Annual report on the mental hospital in the Central Provinces and Berar (Nagpur) - 1927-1951
Year: 1927
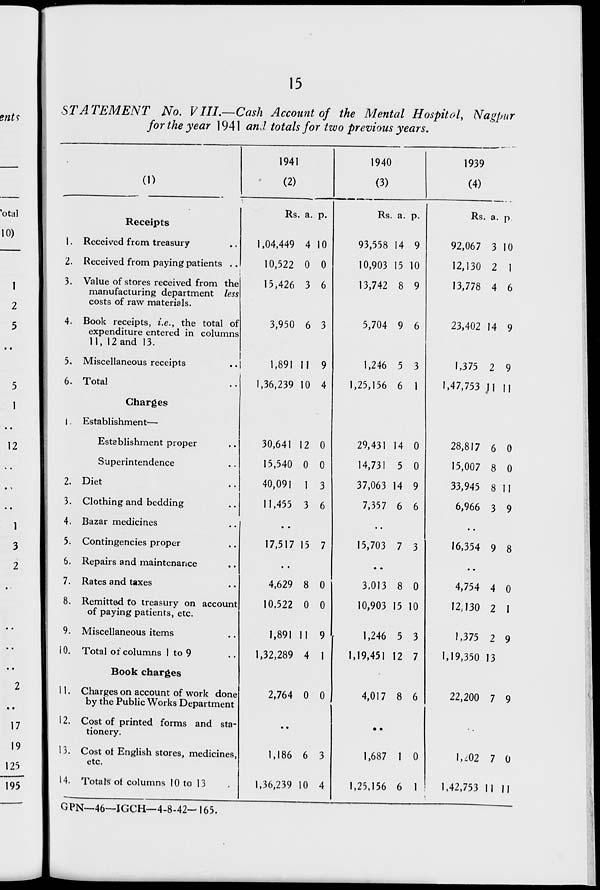
15
STATEMENT No. VHI.—Cash Account of the Mental Hospital Nagpur
for the year 1941 an J totals for two previous years.
1
2
5
1
12
Receipts
1. Received from treasury
2. Received from paying patients ..
3. Value of stores received from the
manufacturing department less
costs of raw materials.
4. Book receipts, i.e., the total of
expenditure entered in columns
11, 12 and 13.
5. Miscellaneous receipts
6. Total
Charges
1. Establishment—
Establishment proper
Superintendence
2. Diet
3. Clothing and bedding
4. Bazar medicines
5. Contingencies proper
6. Repairs and maintenance
7. Rates and taxes
8. Remitted to treasury on account
of paying patients, etc.
9. Miscellaneous items
10. Total of columns 1 to 9
Book charges
11. Charges on account of work done
by the Public Works Department
12. Cost of printed forms and sta-
tionery.
13. Cost ot English stores, medicines,
etc.
14. Totals ot columns 10 to 13
Rs. a. p.
1,04,449 4 10
10,522 0 0
15,426 3 6
3,950 6 3
1,891 11 9
1,36,239 10 4
30,641 12 0
15,540 0 0
40,091 1 3
11,455 3 6
17,517 15 7
4,629 8 0
10.522 0 0
1,891 11 9
1,32,289 4 1
2,764 0 0
1,186 6 3
1,36,239 10 4
Rs. a. p.
93,558 14 9
10,903 15 10
13,742 8 9
5,704 9 6
1,246 5 3
1,25,156 6 1
29,431 14 0
14,731 5 0
37,063 14 9
7,357 6 6
••
15,703 7 3
3,013 8 0
10,903 15 10
1,246 5 3
1,19,451 12 7
4,017 8 6
1,687 1 0
Rs. a. p
92,067 3 10
12,130 2 1
13,778 4 6
23,402 14 9
1,375 2 9
1,47,753 Jin
28,817 6 0
15,007 8 0
33,945 8 11
6,966 3 9
16,354 9 8
4,754 4 0
I2J30 2 1
1,375 2 9
1,19,350 13
22,200 7 9
1,^02 7 0
1,25,156 6 1 !
1,42,753 Mil
GPN—46—IGCH—4-8-42- 165.